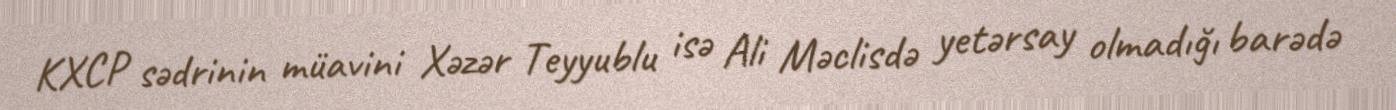
KXCP sədrinin müavini Xəzər Teyyublu isə Ali Məclisdə yetərsay olmadığı barədə